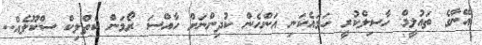
އޭނާގެ ތައުލީމް ހާސިލްކުރީ ހަމައެކަނި އަންހެން ކުދިންނަށް ހާއްސަ ރޯމަން ކެތްލިކް ސްކޫލެއް..